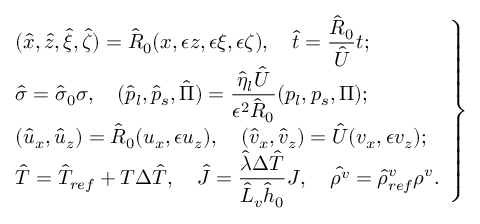
\left. \begin{array} { l } { \displaystyle ( \hat { x } , \hat { z } , \hat { \xi } , \hat { \zeta } ) = \hat { R } _ { 0 } ( x , \epsilon z , \epsilon \xi , \epsilon \zeta ) , \quad \hat { t } = \frac { \hat { R } _ { 0 } } { { \hat { U } } } t ; } \\ { \displaystyle \hat { \sigma } = \hat { \sigma } _ { 0 } \sigma , \quad ( \hat { p } _ { l } , \hat { p } _ { s } , \hat { \Pi } ) = \frac { \hat { \eta } _ { l } { \hat { U } } } { \epsilon ^ { 2 } \hat { R } _ { 0 } } ( p _ { l } , p _ { s } , \Pi ) ; } \\ { \displaystyle ( \hat { u } _ { x } , \hat { u } _ { z } ) = \hat { R } _ { 0 } ( u _ { x } , \epsilon u _ { z } ) , \quad ( \hat { v } _ { x } , \hat { v } _ { z } ) = \hat { U } ( v _ { x } , \epsilon v _ { z } ) ; } \\ { \displaystyle \hat { T } = \hat { T } _ { r e f } + T \Delta \hat { T } , \quad \hat { J } = \frac { \hat { \lambda } \Delta \hat { T } } { \hat { L } _ { v } \hat { h } _ { 0 } } J , \quad \hat { \rho ^ { v } } = \hat { \rho } _ { r e f } ^ { v } \rho ^ { v } . } \end{array} \right\}